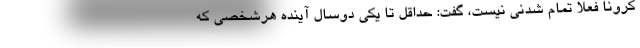
کرونا فعلا تمام شدنی نیست، گفت: حداقل تا یکی دوسال آینده هرشخصی که